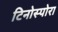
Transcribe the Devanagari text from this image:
टिनोस्पोरा